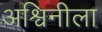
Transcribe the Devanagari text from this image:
अश्विनीला